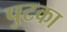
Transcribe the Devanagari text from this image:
पुटका